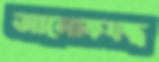
আলোকযন্ত্র